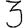
Digit: 3